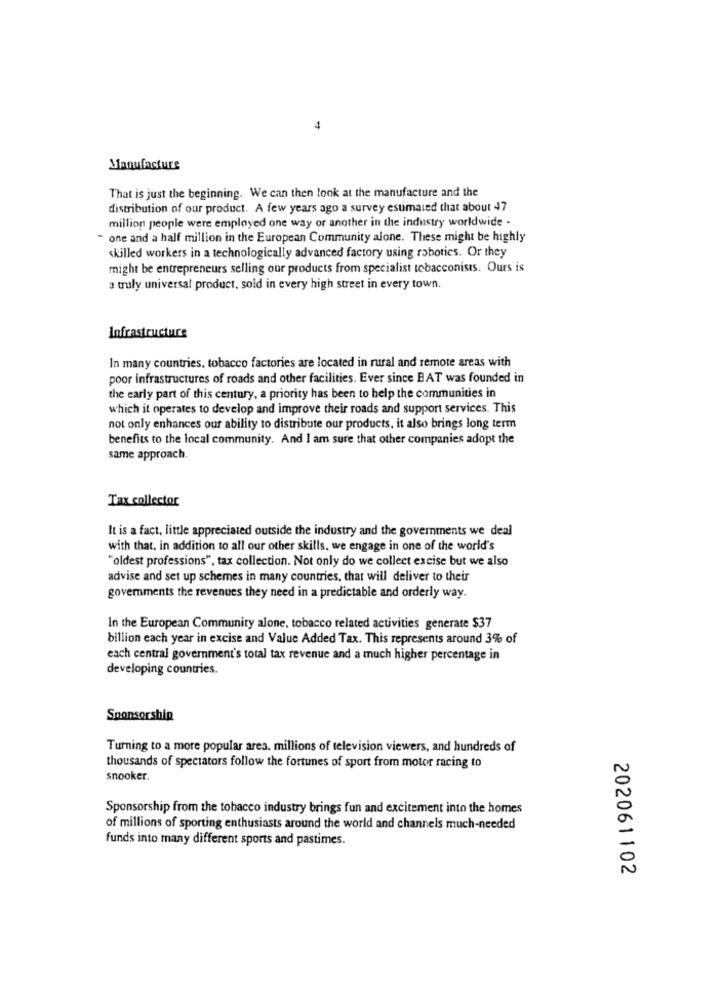
4
Manufacture
That is just the beginning. We can then look at the manufacture and the
distribution of our product. A few years ago a survey estimated that about 47
million people were employed one way or another in the industry worldwide -
- one and a half million in the European Community alone. These might be highly
skilled workers in a technologically advanced factory using robotics. Or they
might be entrepreneurs selling our products from specialist tobacconisis. Ours is
a truly universal product, sold in every high street in every town.
Infrastructure
In many countries, tobacco factories are located in rural and remote areas with
poor infrastructures of roads and other facilities. Ever since BAT was founded in
the early part of this century, a priority has been to help the communities in
which it operates to develop and improve their roads and support services. This
not only enhances our ability to distribute our products, it also brings long term
benefits to the local community. And I am sure that other companies adopt the
same approach.
Tax collector
It is a fact, little appreciated outside the industry and the governments we deal
with that, in addition to all our other skills, we engage in one of the world's
"oldest professions", tax collection. Not only do we collect excise but we also
advise and set up schemes in many countries, that will deliver to their
governments the revenues they need in a predictable and orderly way.
In the European Community alone, tobacco related activities generate $37
billion each year in excise and Value Added Tax. This represents around 3% of
each central government's total tax revenue and a much higher percentage in
developing countries.
Sponsorship
Turning to a more popular area. millions of television viewers, and hundreds of
thousands of spectators follow the fortunes of sport from motor racing to
snooker.
Sponsorship from the tobacco industry brings fun and excitement into the homes
of millions of sporting enthusiasts around the world and channels much-needed
funds into many different sports and pastimes.
202061102